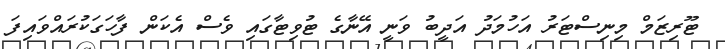
ޓޫރިޒަމް މިނިސްޓަރު އަހުމަދު އަދީބު ވަނީ އޭނާގެ ޓުވިޓާގައި ވެސް އެކަން ފާހަގަކުރައްވައިފަ